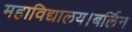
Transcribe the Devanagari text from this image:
महाविद्यालय।बर्लिन